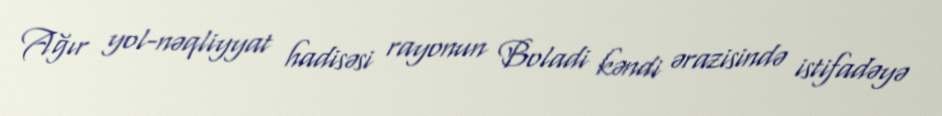
Ağır yol-nəqliyyat hadisəsi rayonun Boladi kəndi ərazisində istifadəyə